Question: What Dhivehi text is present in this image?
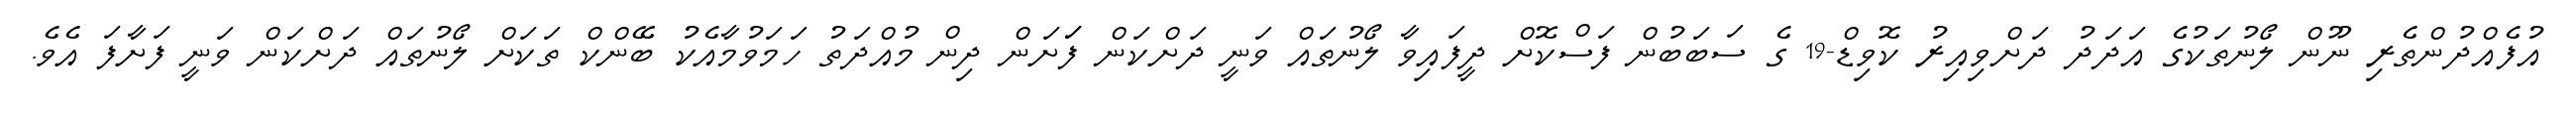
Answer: އުފެއްދުންތެރި ނޫން ލޯނުތަކުގެ އަދަދު ދަށްވިއިރު ކޮވިޑް-19 ގެ ސަބަބުން ފަސްކޮށް ދީފައިވާ ލޯނުތައް ވަނީ ދަށްކަން ފަަށަން ދިން މުއްދަތު ހަމަވުމާއެކު ބޭންކް ތަކަށް ލޯނުތައް ދަށްކަން ވަނީ ފަށާފަ އެވެ.